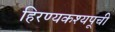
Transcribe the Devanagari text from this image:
हिरण्यकश्यपूची